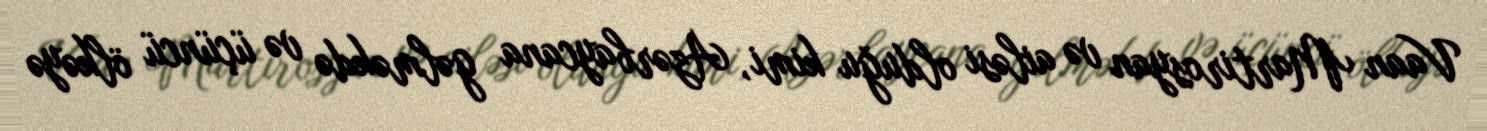
Vaan Martirosyan və ailəsi olduğu kimi, Azərbaycana gəlməkdə və üçüncü ölkəyə